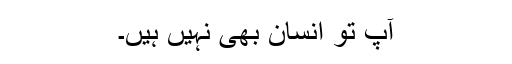
آپ تو انسان بھی نہیں ہیں۔